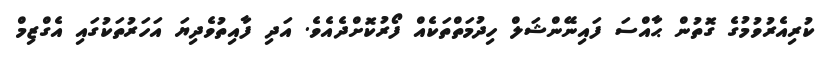
ކުރިއެރުވުމުގެ ގޮތުން ޙާއްސަ ފައިނޭންޝަލް ހިދުމަތްތަކެއް ފޯރުކޮށްދެއެވެ. އަދި ފާއިތުވެދިޔަ އަހަރުތަކުގައި އެގްޒިމް